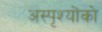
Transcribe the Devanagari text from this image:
अस्पृश्योंको